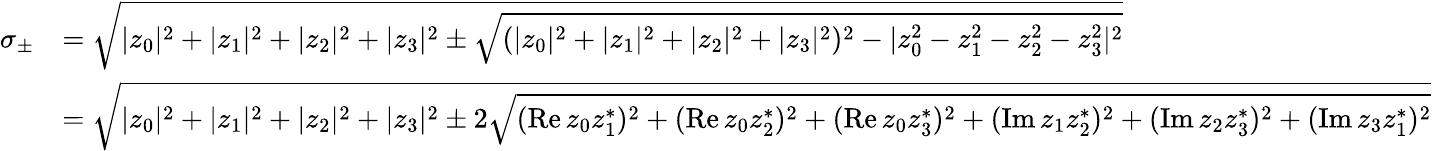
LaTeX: {\begin{array}{rl}{\sigma_{\pm}}&{={\sqrt{|z_{0}|^{2}+|z_{1}|^{2}+|z_{2}|^{2}+|z_{3}|^{2}\pm{\sqrt{(|z_{0}|^{2}+|z_{1}|^{2}+|z_{2}|^{2}+|z_{3}|^{2})^{2}-|z_{0}^{2}-z_{1}^{2}-z_{2}^{2}-z_{3}^{2}|^{2}}}}}}\\ &{={\sqrt{|z_{0}|^{2}+|z_{1}|^{2}+|z_{2}|^{2}+|z_{3}|^{2}\pm 2{\sqrt{(\operatorname{Re}z_{0}z_{1}^{*})^{2}+(\operatorname{Re}z_{0}z_{2}^{*})^{2}+(\operatorname{Re}z_{0}z_{3}^{*})^{2}+(\operatorname{Im}z_{1}z_{2}^{*})^{2}+(\operatorname{Im}z_{2}z_{3}^{*})^{2}+(\operatorname{Im}z_{3}z_{1}^{*})^{2}}}}}}\end{array}}